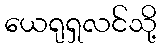
ယေရုရှလင်သို့